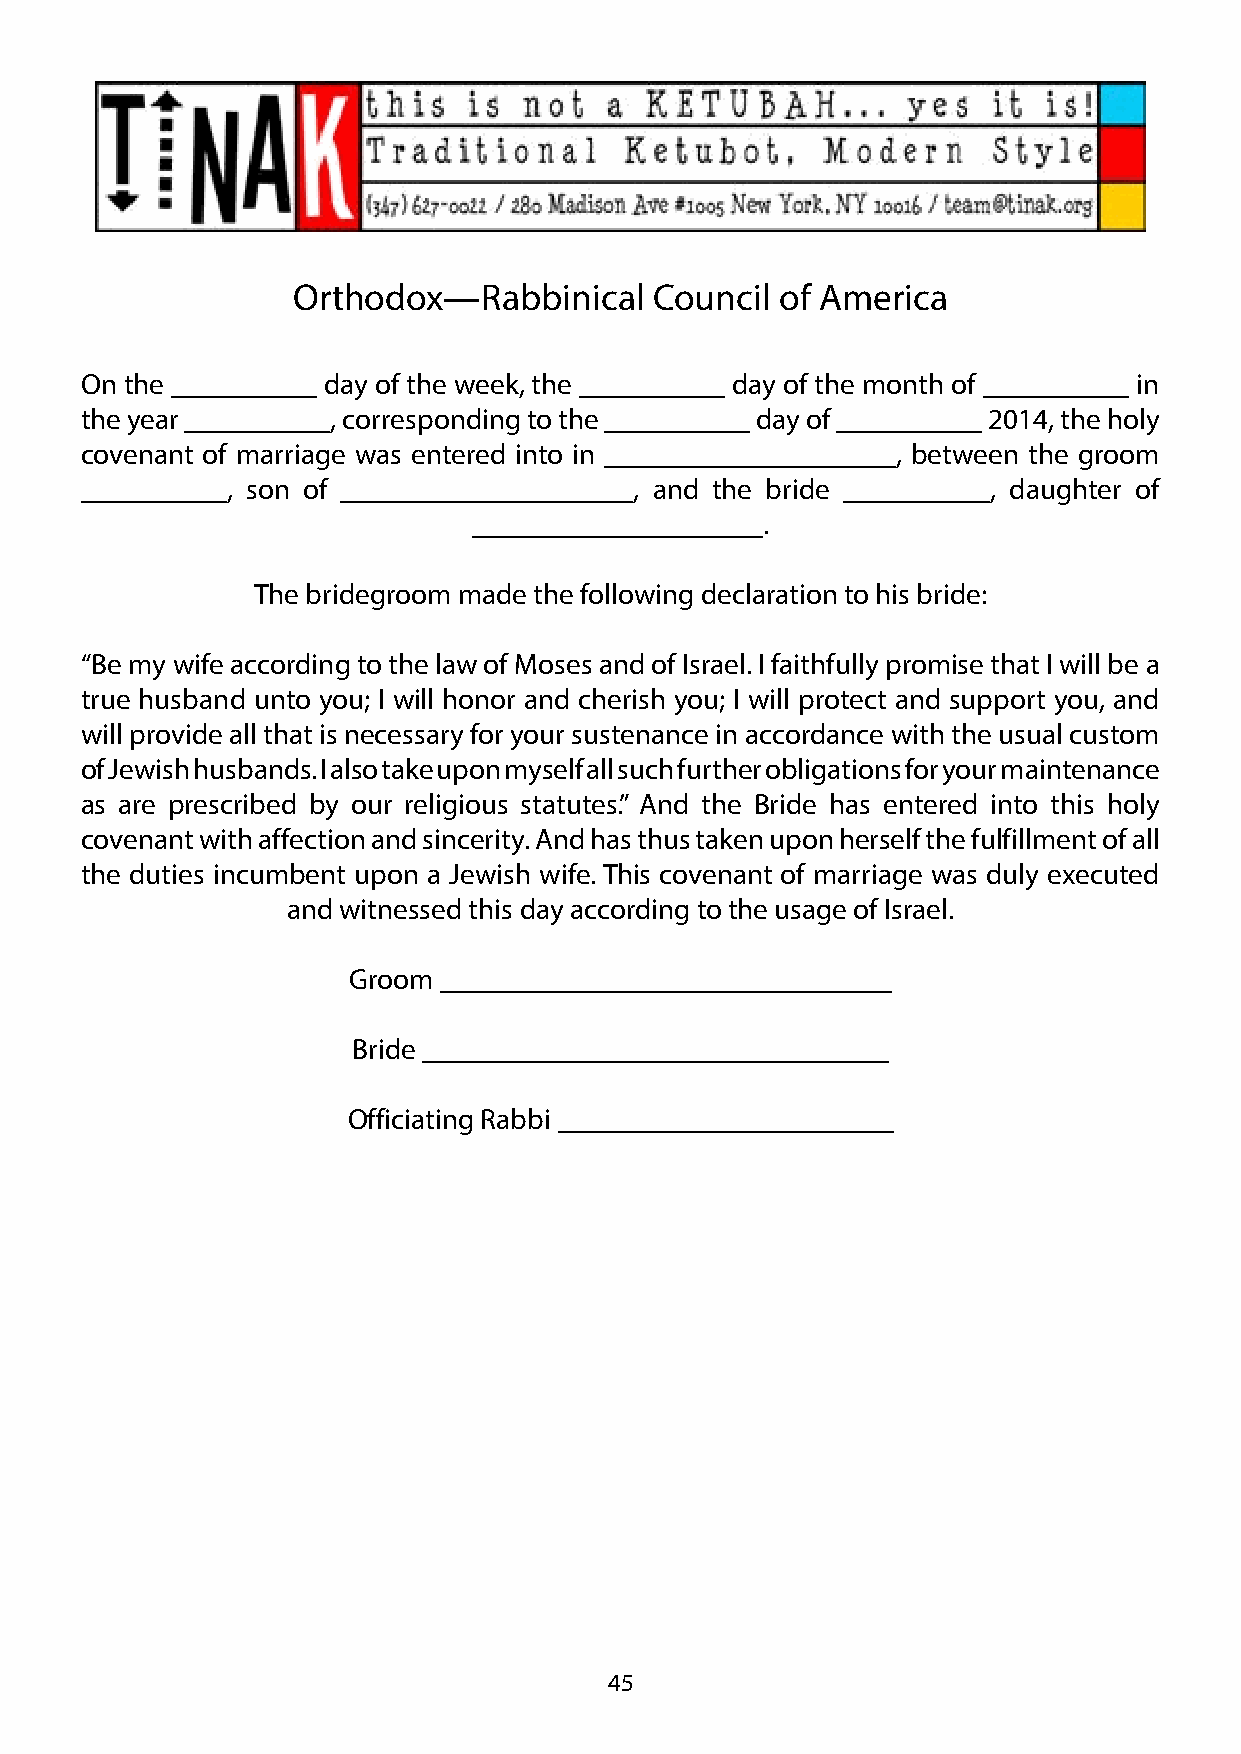
Orthodox—Rabbinical     Council  of America
 On the __________ day of the week, the __________ day of the month of __________ in
 the year __________, corresponding to the __________ day of __________ 2014, the holy
 covenant of marriage was entered into in ____________________, between the groom
 __________, son of ____________________, and the bride __________, daughter of
 ____________________.
 The bridegroom made the following declaration to his bride:
 “Be my wife according to the law of Moses and of Israel. I faithfully promise that I will be a
 true husband unto you; I will honor and cherish you; I will protect and support you, and
 will provide all that is necessary for your sustenance in accordance with the usual custom
 of Jewish husbands. I also take upon myself all such further obligations for your maintenance
 as are prescribed by our religious statutes.” And the Bride has entered into this holy
 covenant with affection and sincerity. And has thus taken upon herself the fulfillment of all
 the duties incumbent upon a Jewish wife. This covenant of marriage was duly executed
 and witnessed this day according to the usage of Israel.
 Groom _______________________________
 Bride _______________________________ _
 Officiating Rabbi _______________________
 45